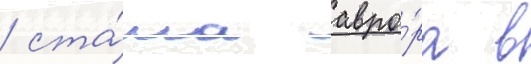
/ ста́ла авро́ра в